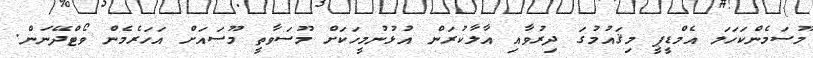
މޫސަމެންކަހަލަ އެމްޑީޕީ މިޤައުމުގަ ދިރުވާއި އާލާކުރަން އުޅުނުމީހަކަށް މޫސަވާތީ މޫސައަށް އަހަރެމެން ވޯޓްދޭނަން.